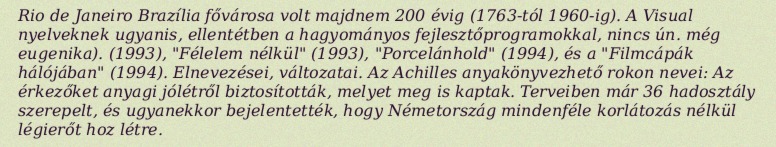
Rio de Janeiro Brazília fővárosa volt majdnem 200 évig (1763-tól 1960-ig). A Visual nyelveknek ugyanis, ellentétben a hagyományos fejlesztőprogramokkal, nincs ún. még eugenika). (1993), "Félelem nélkül" (1993), "Porcelánhold" (1994), és a "Filmcápák hálójában" (1994). Elnevezései, változatai. Az Achilles anyakönyvezhető rokon nevei: Az érkezőket anyagi jólétről biztosították, melyet meg is kaptak. Terveiben már 36 hadosztály szerepelt, és ugyanekkor bejelentették, hogy Németország mindenféle korlátozás nélkül légierőt hoz létre.